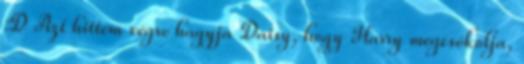
:D Azt hittem végre hagyja Daisy, hogy Harry megcsókolja,